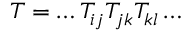
T = \dots T _ { i j } T _ { j k } T _ { k l } \dots